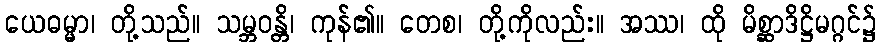
ယေဓမ္မာ၊ တို့သည်။ သမ္ဘဝန္တိ၊ ကုန်၏။ တေစ၊ တို့ကိုလည်း။ အဿ၊ ထို မိစ္ဆာဒိဋ္ဌိမဂ္ဂင်၌